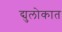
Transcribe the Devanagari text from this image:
द्युलोकात